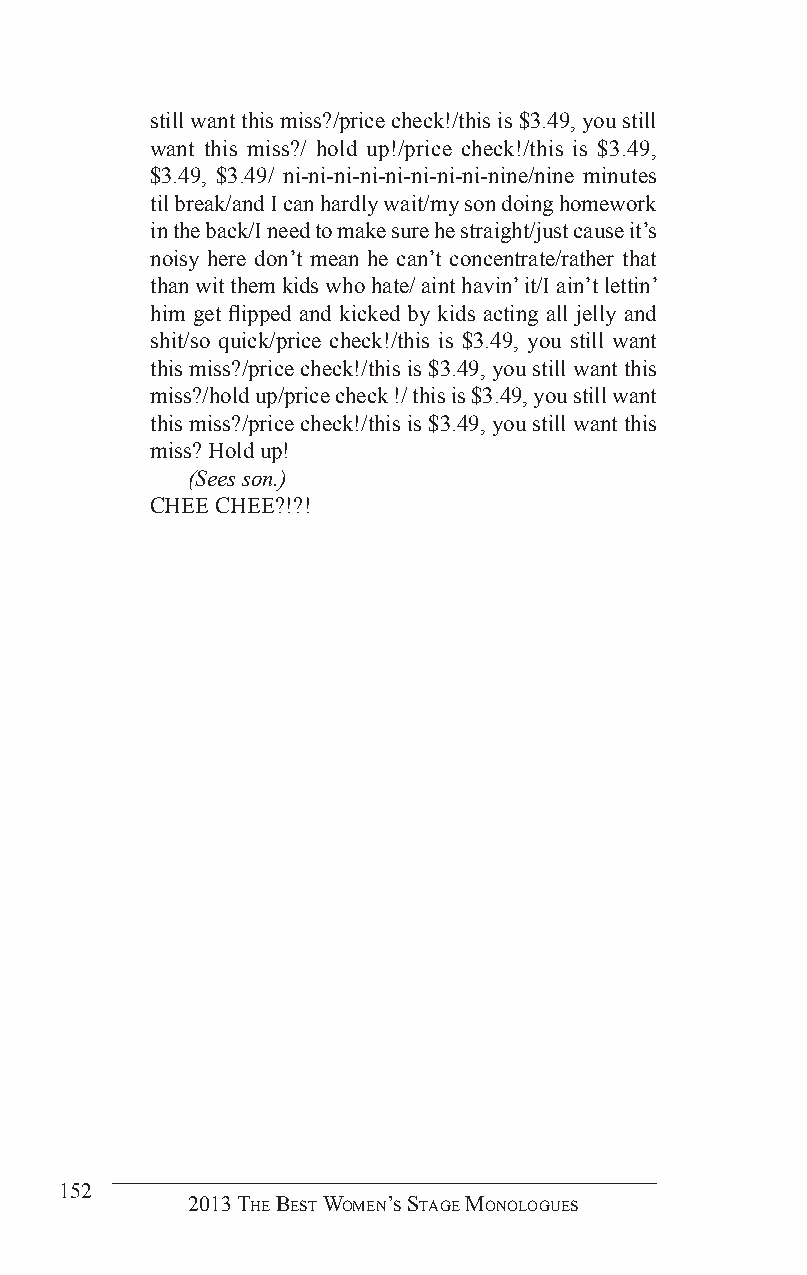
still want this miss?/price check!/this is $3.49, you still
 want this miss?/ hold up!/price check!/this is $3.49,
 $3.49, $3.49/ ni-ni-ni-ni-ni-ni-ni-ni-nine/nine minutes
 til break/and I can hardly wait/my son doing homework
 in the back/I need to make sure he straight/just cause it’s
 noisy here don’t mean he can’t concentrate/rather that
 than wit them kids who hate/ aint havin’ it/I ain’t lettin’
 him get flipped and kicked by kids acting all jelly and
 shit/so quick/price check!/this is $3.49, you still want
 this miss?/price check!/this is $3.49, you still want this
 miss?/hold up/price check !/ this is $3.49, you still want
 this miss?/price check!/this is $3.49, you still want this
 miss? Hold up!
 (Sees son.)
 CHEE CHEE?!?!
 152
 2013 The BesT Women’s sTage monologues